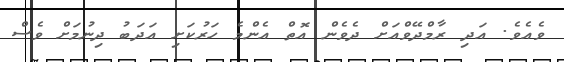
ވެއެވެ. އަދި ރާމްދޭވްއަށް ދެވެން އޮތް އެންމެ ހަރުކަށި އަދަބު ދިނުމަށް ވެސް